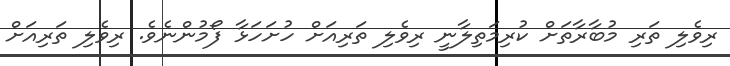
ރިވެލި ތަރި މުބާރާތަށް ކުރިމަތިލާނީ ރިވެލި ތަރިއަށް ހުށަހަޅާ ފޯމުންނެވެ. ރިވެލި ތަރިއަށް